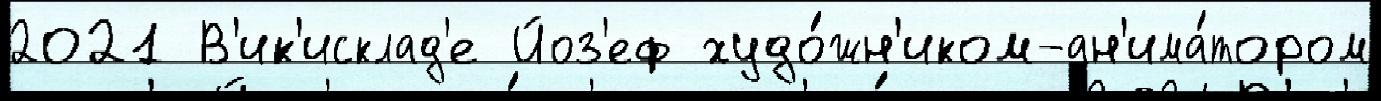
2021 В'ик'исклад'е Йоз'еф худо́жн'иком-ан'има́тором